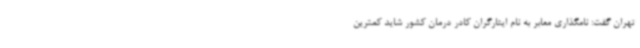
تهران گفت: نامگذاری معابر به نام ایثارگران کادر درمان کشور شاید کمترین